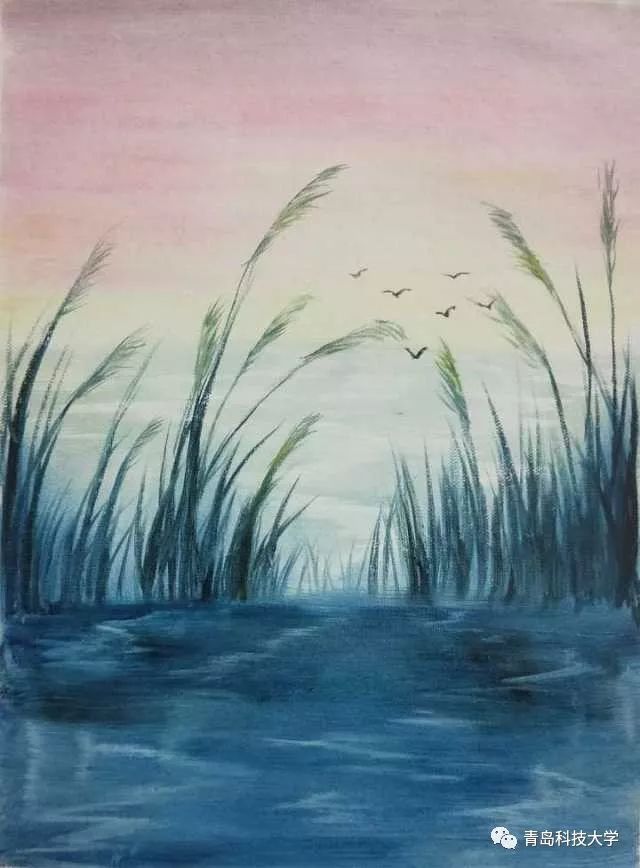
平沙芳草渡头村。绿遍去年痕。